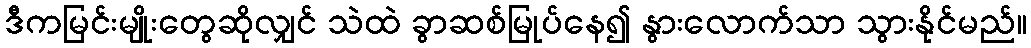
ဒီကမြင်းမျိုးတွေဆိုလျှင် သဲထဲ ခွာဆစ်မြုပ်နေ၍ နွားလောက်သာ သွားနိုင်မည်။